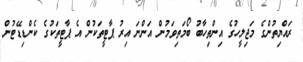
ރައްޔިތުންގެ މަޖިލީހުގެ އިންތިހާބު ބޯމަތިވަމުން އަންނަ އިރު ޕާޓީތަކުން އެ ޕާޓީތަކުގެ ކެންޑިޑޭޓުން